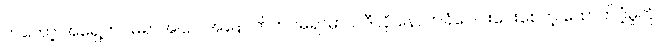
ကတော့ အရှေ့ကင်မရာအပြင် အနောက်ကင်မရာမှာပါ ဒီလို နောက်ခံဝေဝါးပေးစေတဲ့ ထောက်ပံ့မှုကို